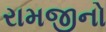
રામજીનો